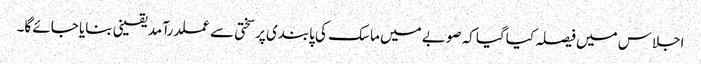
اجلاس میں فیصلہ کیاگیا کہ صوبے میں ماسک کی پابندی پرسختی سے عملدرآمد یقینی بنایا جائے گا۔